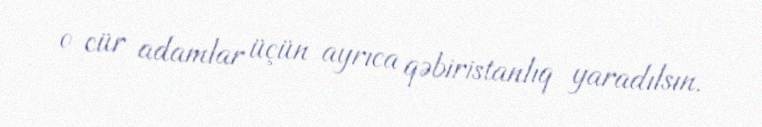
o cür adamlar üçün ayrıca qəbiristanlıq yaradılsın.